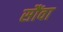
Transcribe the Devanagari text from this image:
सौंवा